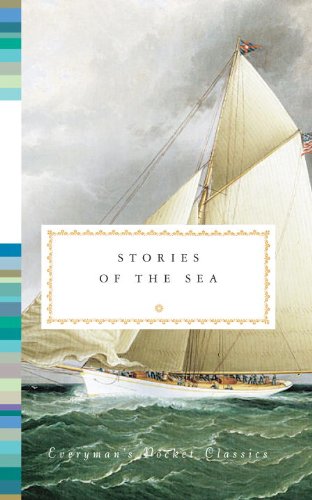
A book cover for Stories of the Sea (Everyman's Library Pocket Classics); Literature & Fiction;